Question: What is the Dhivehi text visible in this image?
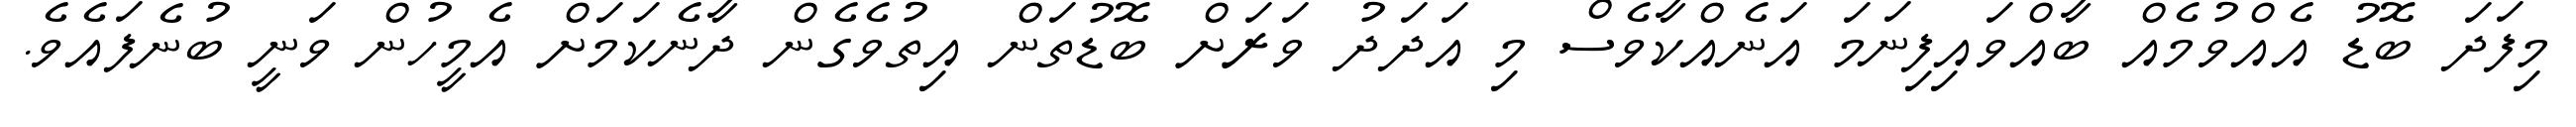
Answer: މިފަދަ ބޮޑު އެއްވުމެއް ބާއްވައިފިނަމަ އަނެއްކާވެސް މި އަދަދު ވަރަށް ބޮޑުތަން އިތުވެގެން ދާނެކަމަށް އެމީހުން ވަނީ ބުނެފައެވެ.